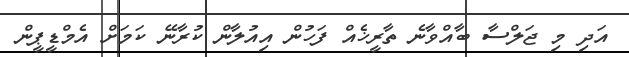
އަދި މި ޖަލްސާ ބާއްވާނެ ތާރީޚެއް ފަހުން އިއުލާން ކުރާނޭ ކަމަށް އެމްޑީޕީން